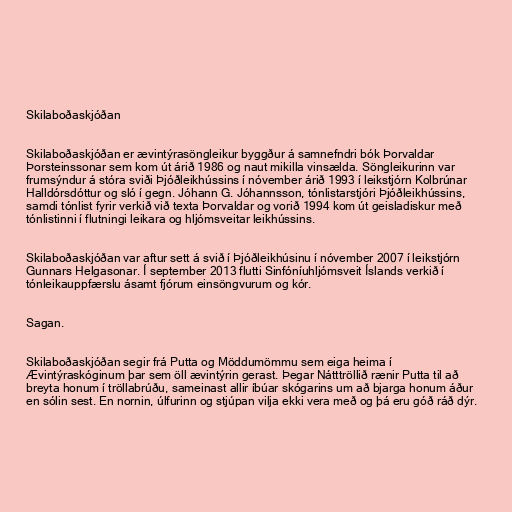
Skilaboðaskjóðan

Skilaboðaskjóðan er ævintýrasöngleikur byggður á samnefndri bók Þorvaldar
Þorsteinssonar sem kom út árið 1986 og naut mikilla vinsælda. Söngleikurinn var
frumsýndur á stóra sviði Þjóðleikhússins í nóvember árið 1993 í leikstjórn Kolbrúnar
Halldórsdóttur og sló í gegn. Jóhann G. Jóhannsson, tónlistarstjóri Þjóðleikhússins,
samdi tónlist fyrir verkið við texta Þorvaldar og vorið 1994 kom út geisladiskur með
tónlistinni í flutningi leikara og hljómsveitar leikhússins.

Skilaboðaskjóðan var aftur sett á svið í Þjóðleikhúsinu í nóvember 2007 í leikstjórn
Gunnars Helgasonar. Í september 2013 flutti Sinfóníuhljómsveit Íslands verkið í
tónleikauppfærslu ásamt fjórum einsöngvurum og kór.

Sagan.

Skilaboðaskjóðan segir frá Putta og Möddumömmu sem eiga heima í
Ævintýraskóginum þar sem öll ævintýrin gerast. Þegar Nátttröllið rænir Putta til að
breyta honum í tröllabrúðu, sameinast allir íbúar skógarins um að bjarga honum áður
en sólin sest. En nornin, úlfurinn og stjúpan vilja ekki vera með og þá eru góð ráð dýr.